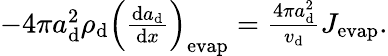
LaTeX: \begin{array}{r}{-4\pi a_{\mathrm{d}}^{2}\rho_{\mathrm{d}}\left(\frac{\mathrm{d}a_{\mathrm{d}}}{\mathrm{d}x}\right)_{\mathrm{evap}}=\frac{4\pi a_{\mathrm{d}}^{2}}{v_{\mathrm{d}}}J_{\mathrm{evap}}.}\end{array}